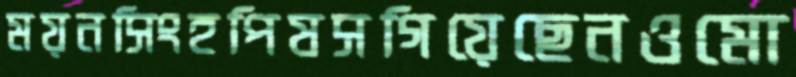
ময়নসিংহপিষসগিয়েছেনওমো